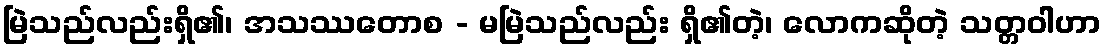
မြဲသည်လည်းရှိ၏၊ အသဿတောစ - မမြဲသည်လည်း ရှိ၏တဲ့၊ လောကဆိုတဲ့ သတ္တဝါဟာ